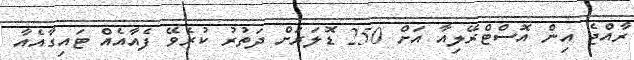
ރާއްޖެ އިން އޮސްޓްރޭލިއާ އަށް 250 ޑޮލަރަށް ދަތުރު ކުރެވޭ ފެއާއެއް ޓައިގާއެއާ